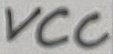
Text: VCC